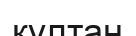
құлтаң